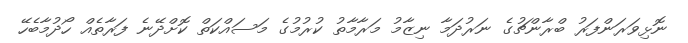
ނޮޅިވަރަންފަރު ބްރާންޗުގެ ނަރުދަމާ ނިޒާމު މަރާމާތު ކުރުމުގެ މަސައްކަތް ކޮށްދޭނެ ފަރާތެއް ހޯދުމާބެހޭ